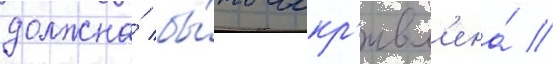
должна́ бы́ть искр'ивл'ена́ //